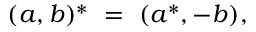
( a , b ) ^ { * } \ = \ ( a ^ { * } , - b ) ,